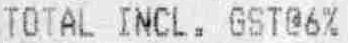
TOTAL INCL. GST@6%